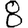
Digit: 8